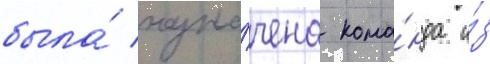
была́ назна́чена кома́нда и́з